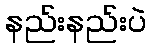
နည်းနည်းပဲ